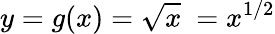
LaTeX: y=g(x)={\sqrt{x}}\ =x^{1/2}